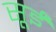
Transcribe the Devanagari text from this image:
सूईं